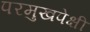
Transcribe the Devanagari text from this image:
परमुखपेक्षी